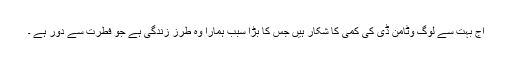
آج بہت سے لوگ وٹامن ڈی کی کمی کا شکار ہیں جس کا بڑا سبب ہمارا وہ طرز زندگی ہے جو فطرت سے دور ہے ۔